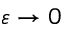
\varepsilon \rightarrow 0